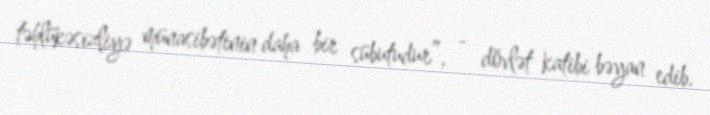
təhlükəsizliyə münasibətinin daha bir sübutudur”, - dövlət katibi bəyan edib.